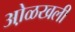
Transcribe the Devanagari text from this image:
ओ़ळखली